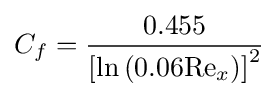
C_{f}={\frac {0.455}{\left[\mathrm {ln} \left(0.06\mathrm {Re} _{x}\right)\right]^{2}}}